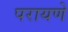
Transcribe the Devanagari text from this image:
परायणे